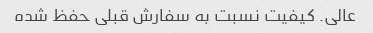
عالی. کیفیت نسبت به سفارش قبلی حفظ شده